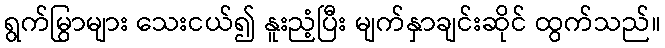
ရွက်မြွာများ သေးငယ်၍ နူးညံ့ပြီး မျက်နှာချင်းဆိုင် ထွက်သည်။